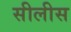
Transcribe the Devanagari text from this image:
सीलीस